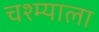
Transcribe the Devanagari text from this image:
चश्म्याला